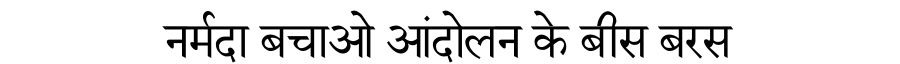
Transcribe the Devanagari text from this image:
नर्मदा बचाओ आंदोलन के बीस बरस